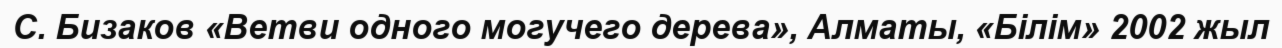
С. Бизаков «Ветви одного могучего дерева», Алматы, «Білім» 2002 жыл